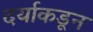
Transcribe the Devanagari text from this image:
दर्याकडून